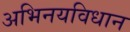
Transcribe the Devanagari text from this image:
अभिनयविधान